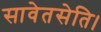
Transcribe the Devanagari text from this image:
सावेतसेति।